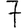
Digit: 7